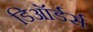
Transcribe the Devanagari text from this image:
डिऑर्डर्स